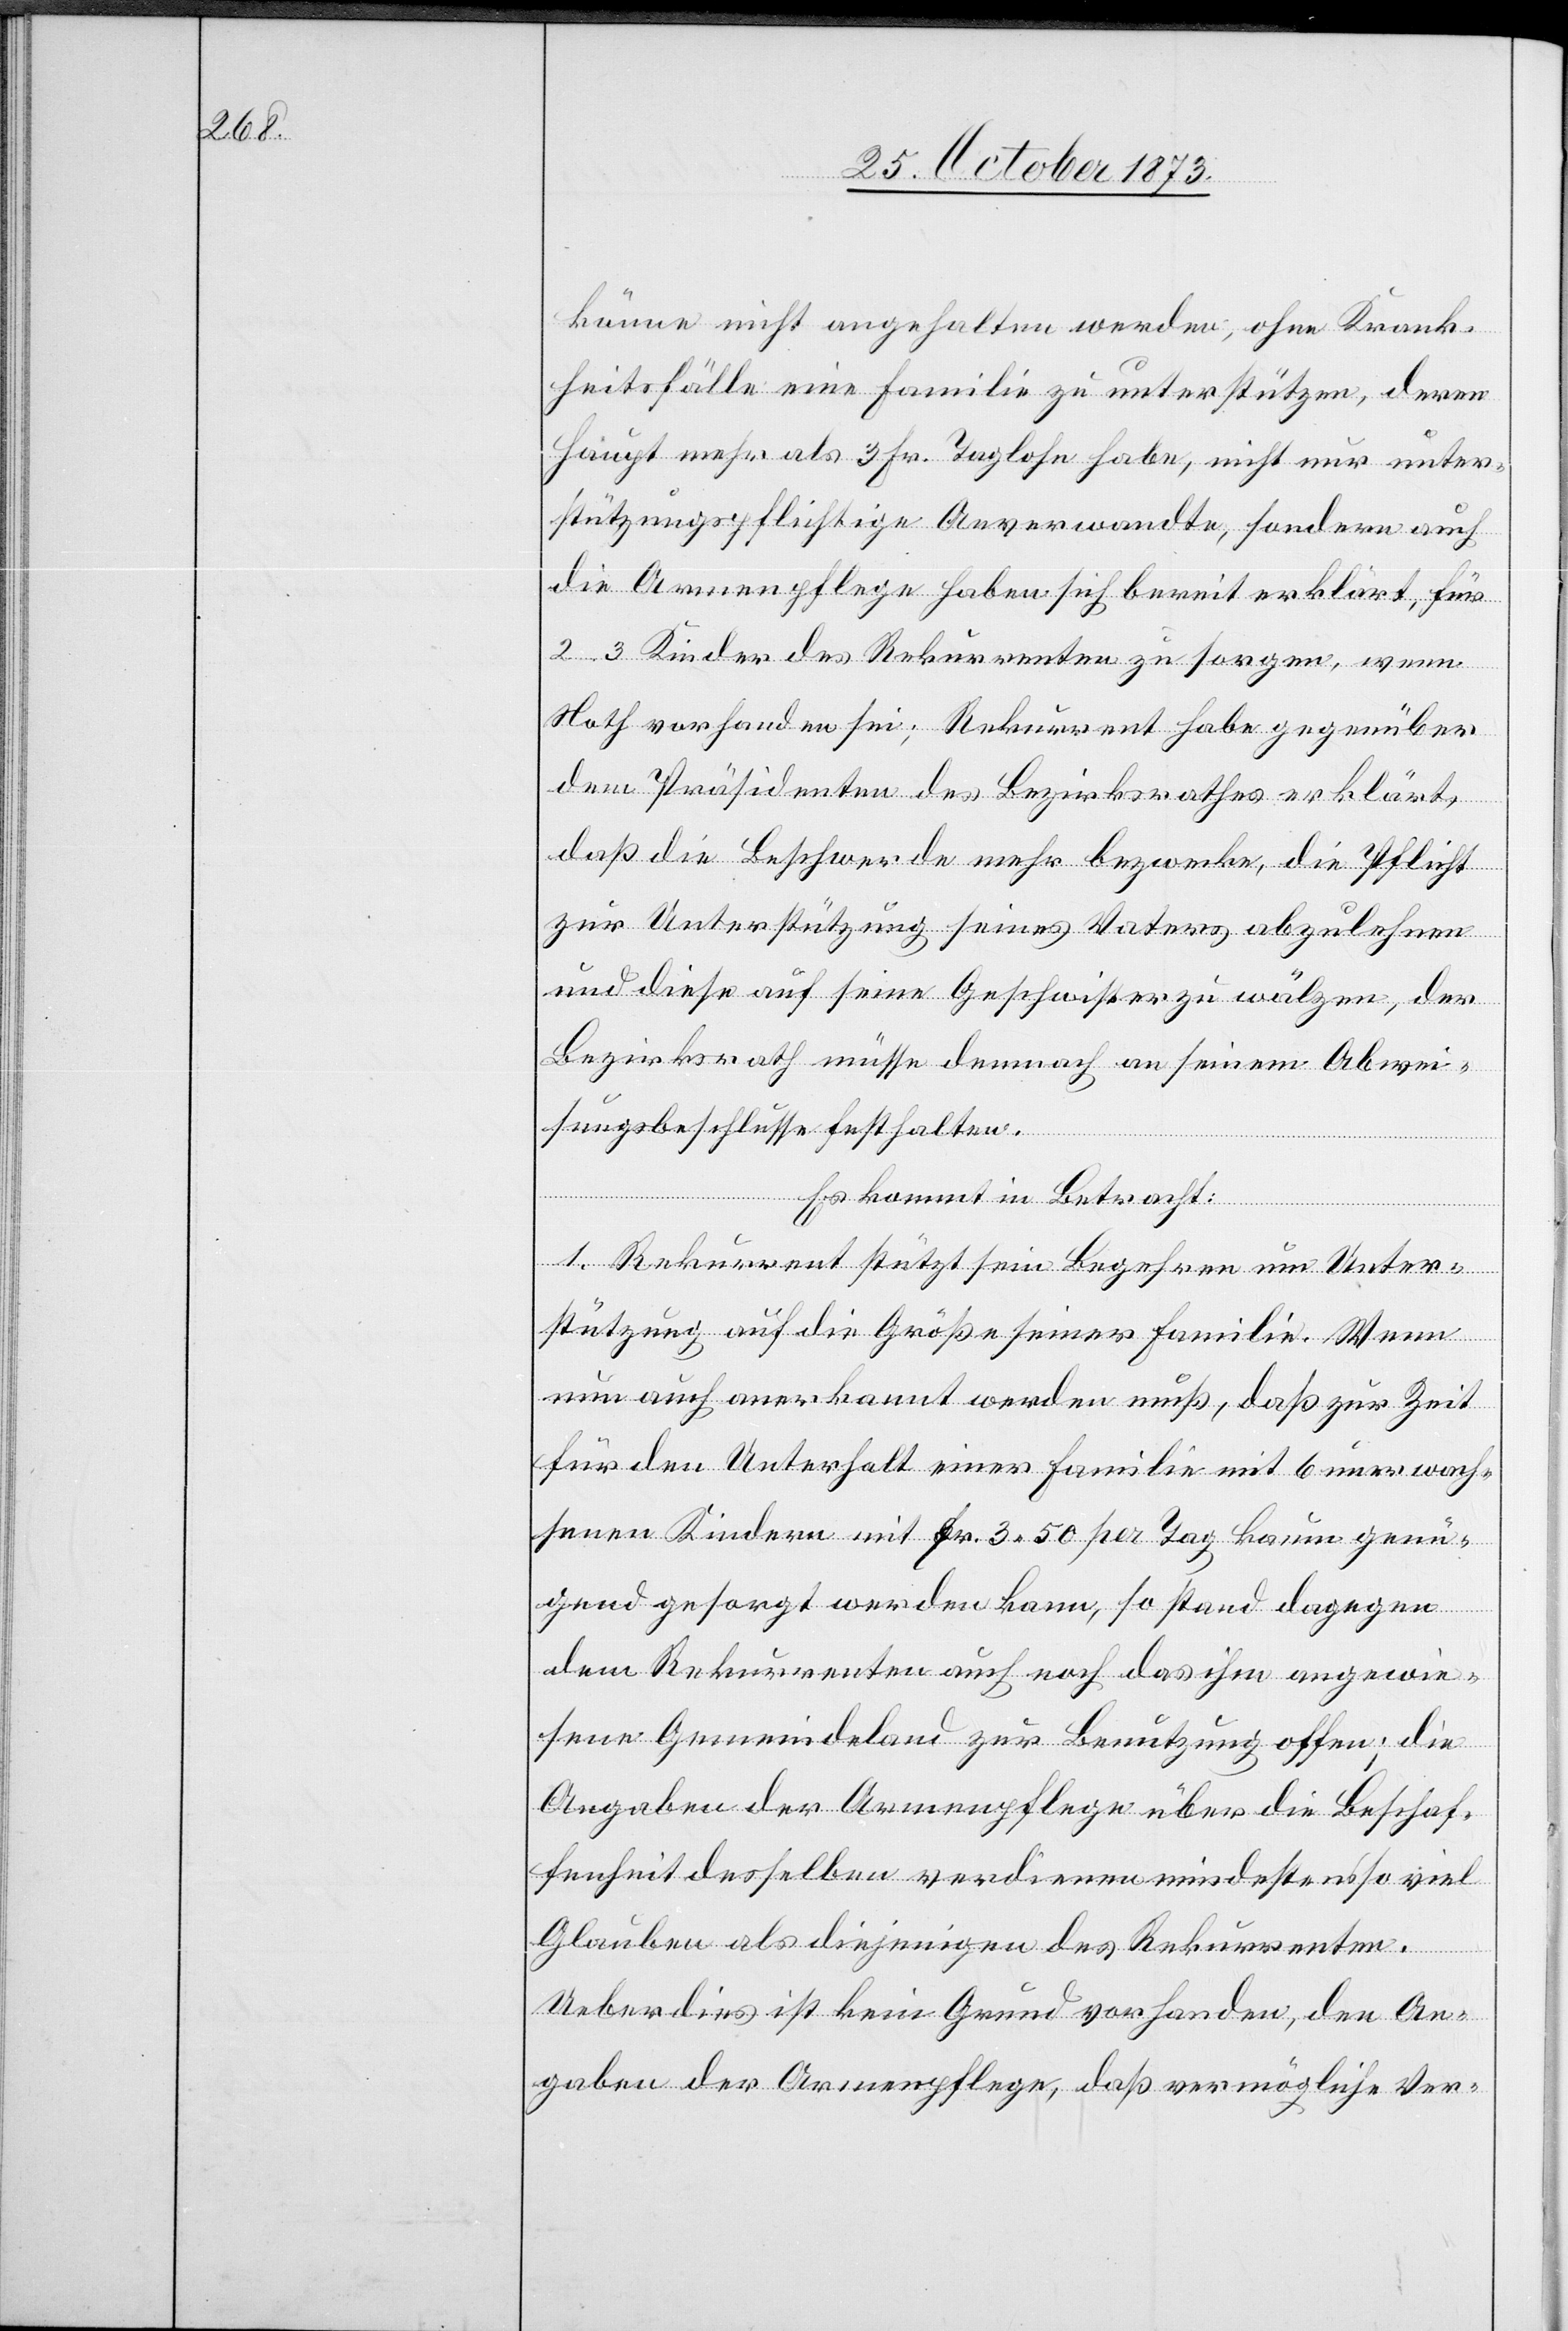
könne nicht angehalten werden, ohne Krank¬
heitsfälle eine Familie zu unterstützen, deren
Haupt mehr als 3 Fr. Taglohn habe, nicht nur unter¬
stützungspflichtige Anverwandte, sondern auch
die Armenpflege haben sich bereit erklärt, für
2–3 Kinder des Rekurrenten zu sorgen, wenn
Noth vorhanden sei; Rekurrent habe gegenüber
dem Präsidenten des Bezirksrathes erklärt,
daß die Beschwerde mehr bezwecke, die Pflicht
zur Unterstützung seines Vaters abzulehnen
und diese auf seine Geschwister zu wälzen, der
Bezirksrath müsse demnach an seinem Abwei¬
sungsbeschlusse festhalten.
Es kommt in Betracht:
1. Rekurrent stützt sein Begehren um Unter¬
stützung auf die Größe seiner Familie. Wenn
nun auch anerkannt werden muß, daß zur Zeit
für den Unterhalt einer Familie mit 6 unerwach¬
senen Kindern mit Fr. 3 50 per Tag kaum genü¬
gend gesorgt werden kann, so stand dagegen
dem Rekurrenten auch noch das ihm angewie¬
sene Gemeindeland zur Benutzung offen; die
Angaben der Armenpflege über die Beschaf¬
fenheit desselben verdienen mindestens so viel
Glauben als diejenigen des Rekurrenten.
Ueberdies ist kein Grund vorhanden, den An¬
gaben der Armenpflege, daß vermögliche Ver-